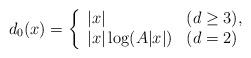
LaTeX: \begin{align*}d_0(x) =\left\{\begin{array}{ll}|x| &(d \geq 3), \\|x| \log(A |x|) &(d = 2)\end{array}\right.\end{align*}